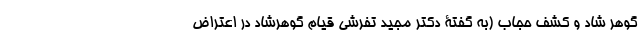
گوهر شاد و کشف حجاب (به گفتۀ دکتر مجید تفرشی قیام گوهر‌شاد در اعتراض